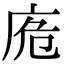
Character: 𢈌